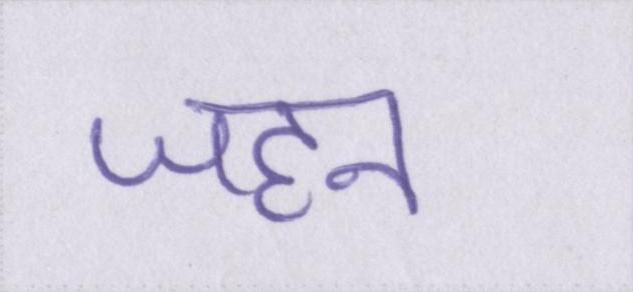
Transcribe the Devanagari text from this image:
जहन